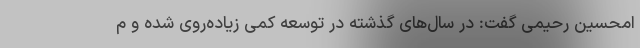
امحسین رحیمی گفت: در سال‌های گذشته در توسعه کمی زیاده‌روی شده و م